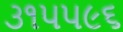
૩૧૫૫૯૬